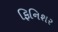
ફિનિશર